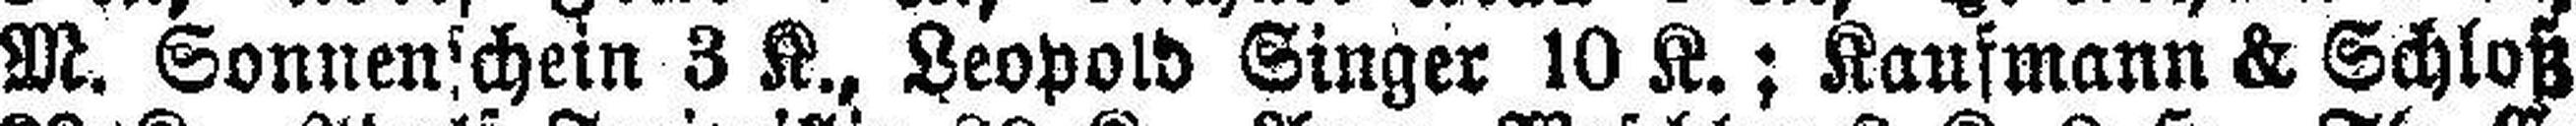
M. Sonnenschein 3 K., Leopold Singer 10 K.; Kaufmann & Schloß